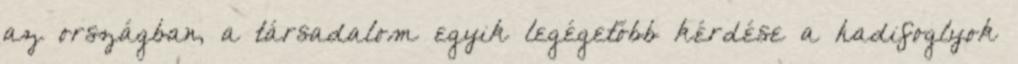
az országban, a társadalom egyik legégetőbb kérdése a hadifoglyok